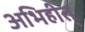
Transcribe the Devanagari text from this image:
अभिहीत्